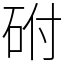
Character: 䂤